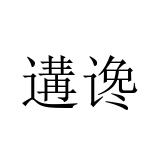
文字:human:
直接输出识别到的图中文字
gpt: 遘谗